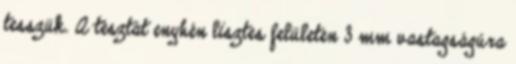
tesszük. A tésztát enyhén lisztes felületen 3 mm vastagságúra